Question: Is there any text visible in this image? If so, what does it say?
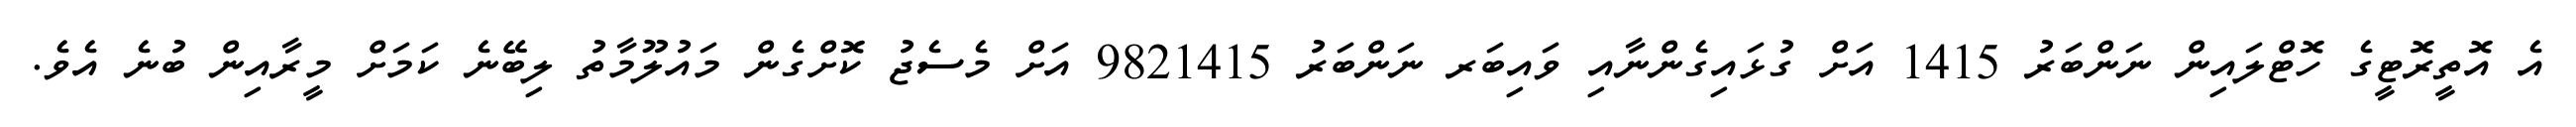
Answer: އެ އޮތީރޮޓީގެ ހޮޓްލައިން ނަންބަރު 1415 އަށް ގުޅައިގެންނާއި ވައިބަރ ނަންބަރު 9821415 އަށް މެސެޖު ކޮށްގެން މައުލޫމާތު ލިބޭނެ ކަމަށް މީރާއިން ބުނެ އެވެ.